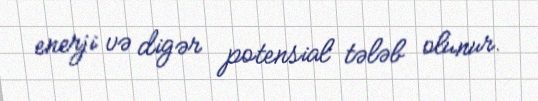
enerji və digər potensial tələb olunur.